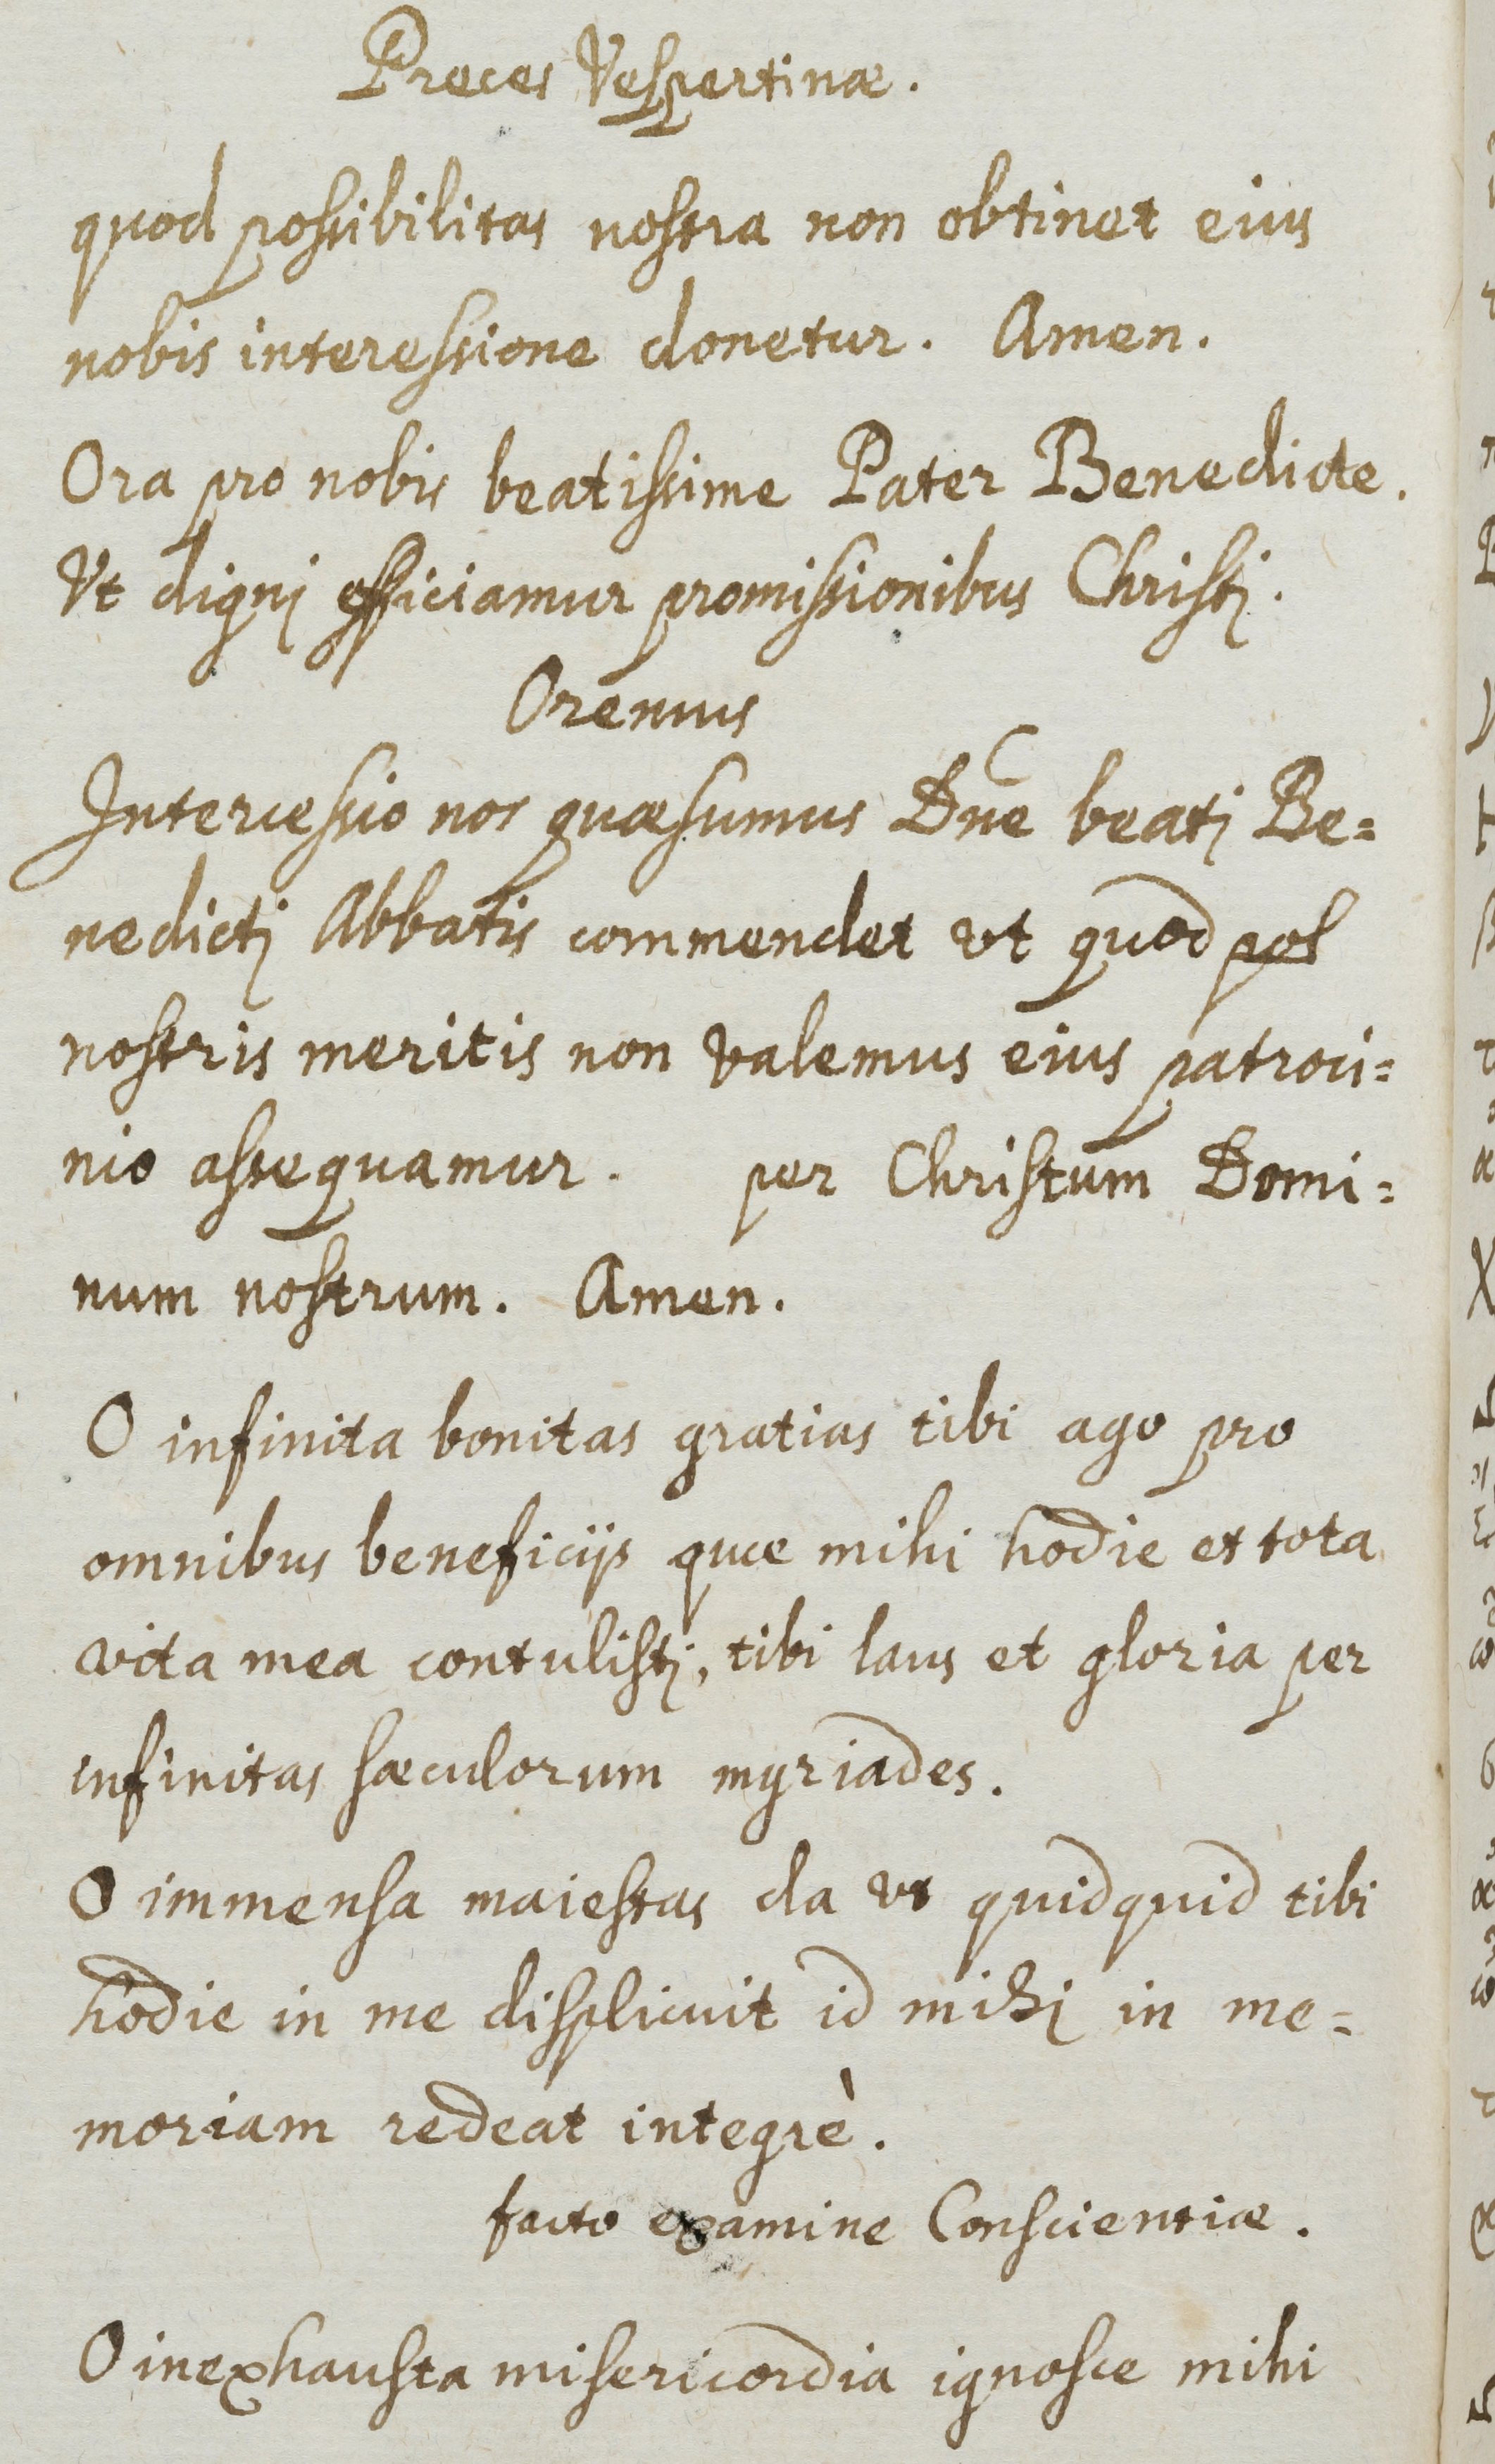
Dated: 1661–1661